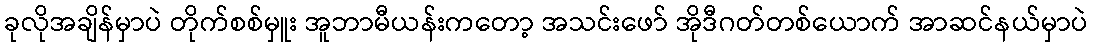
ခုလိုအချိန်မှာပဲ တိုက်စစ်မှူး အူဘာမီယန်းကတော့ အသင်းဖော် အိုဒီဂတ်တစ်ယောက် အာဆင်နယ်မှာပဲ